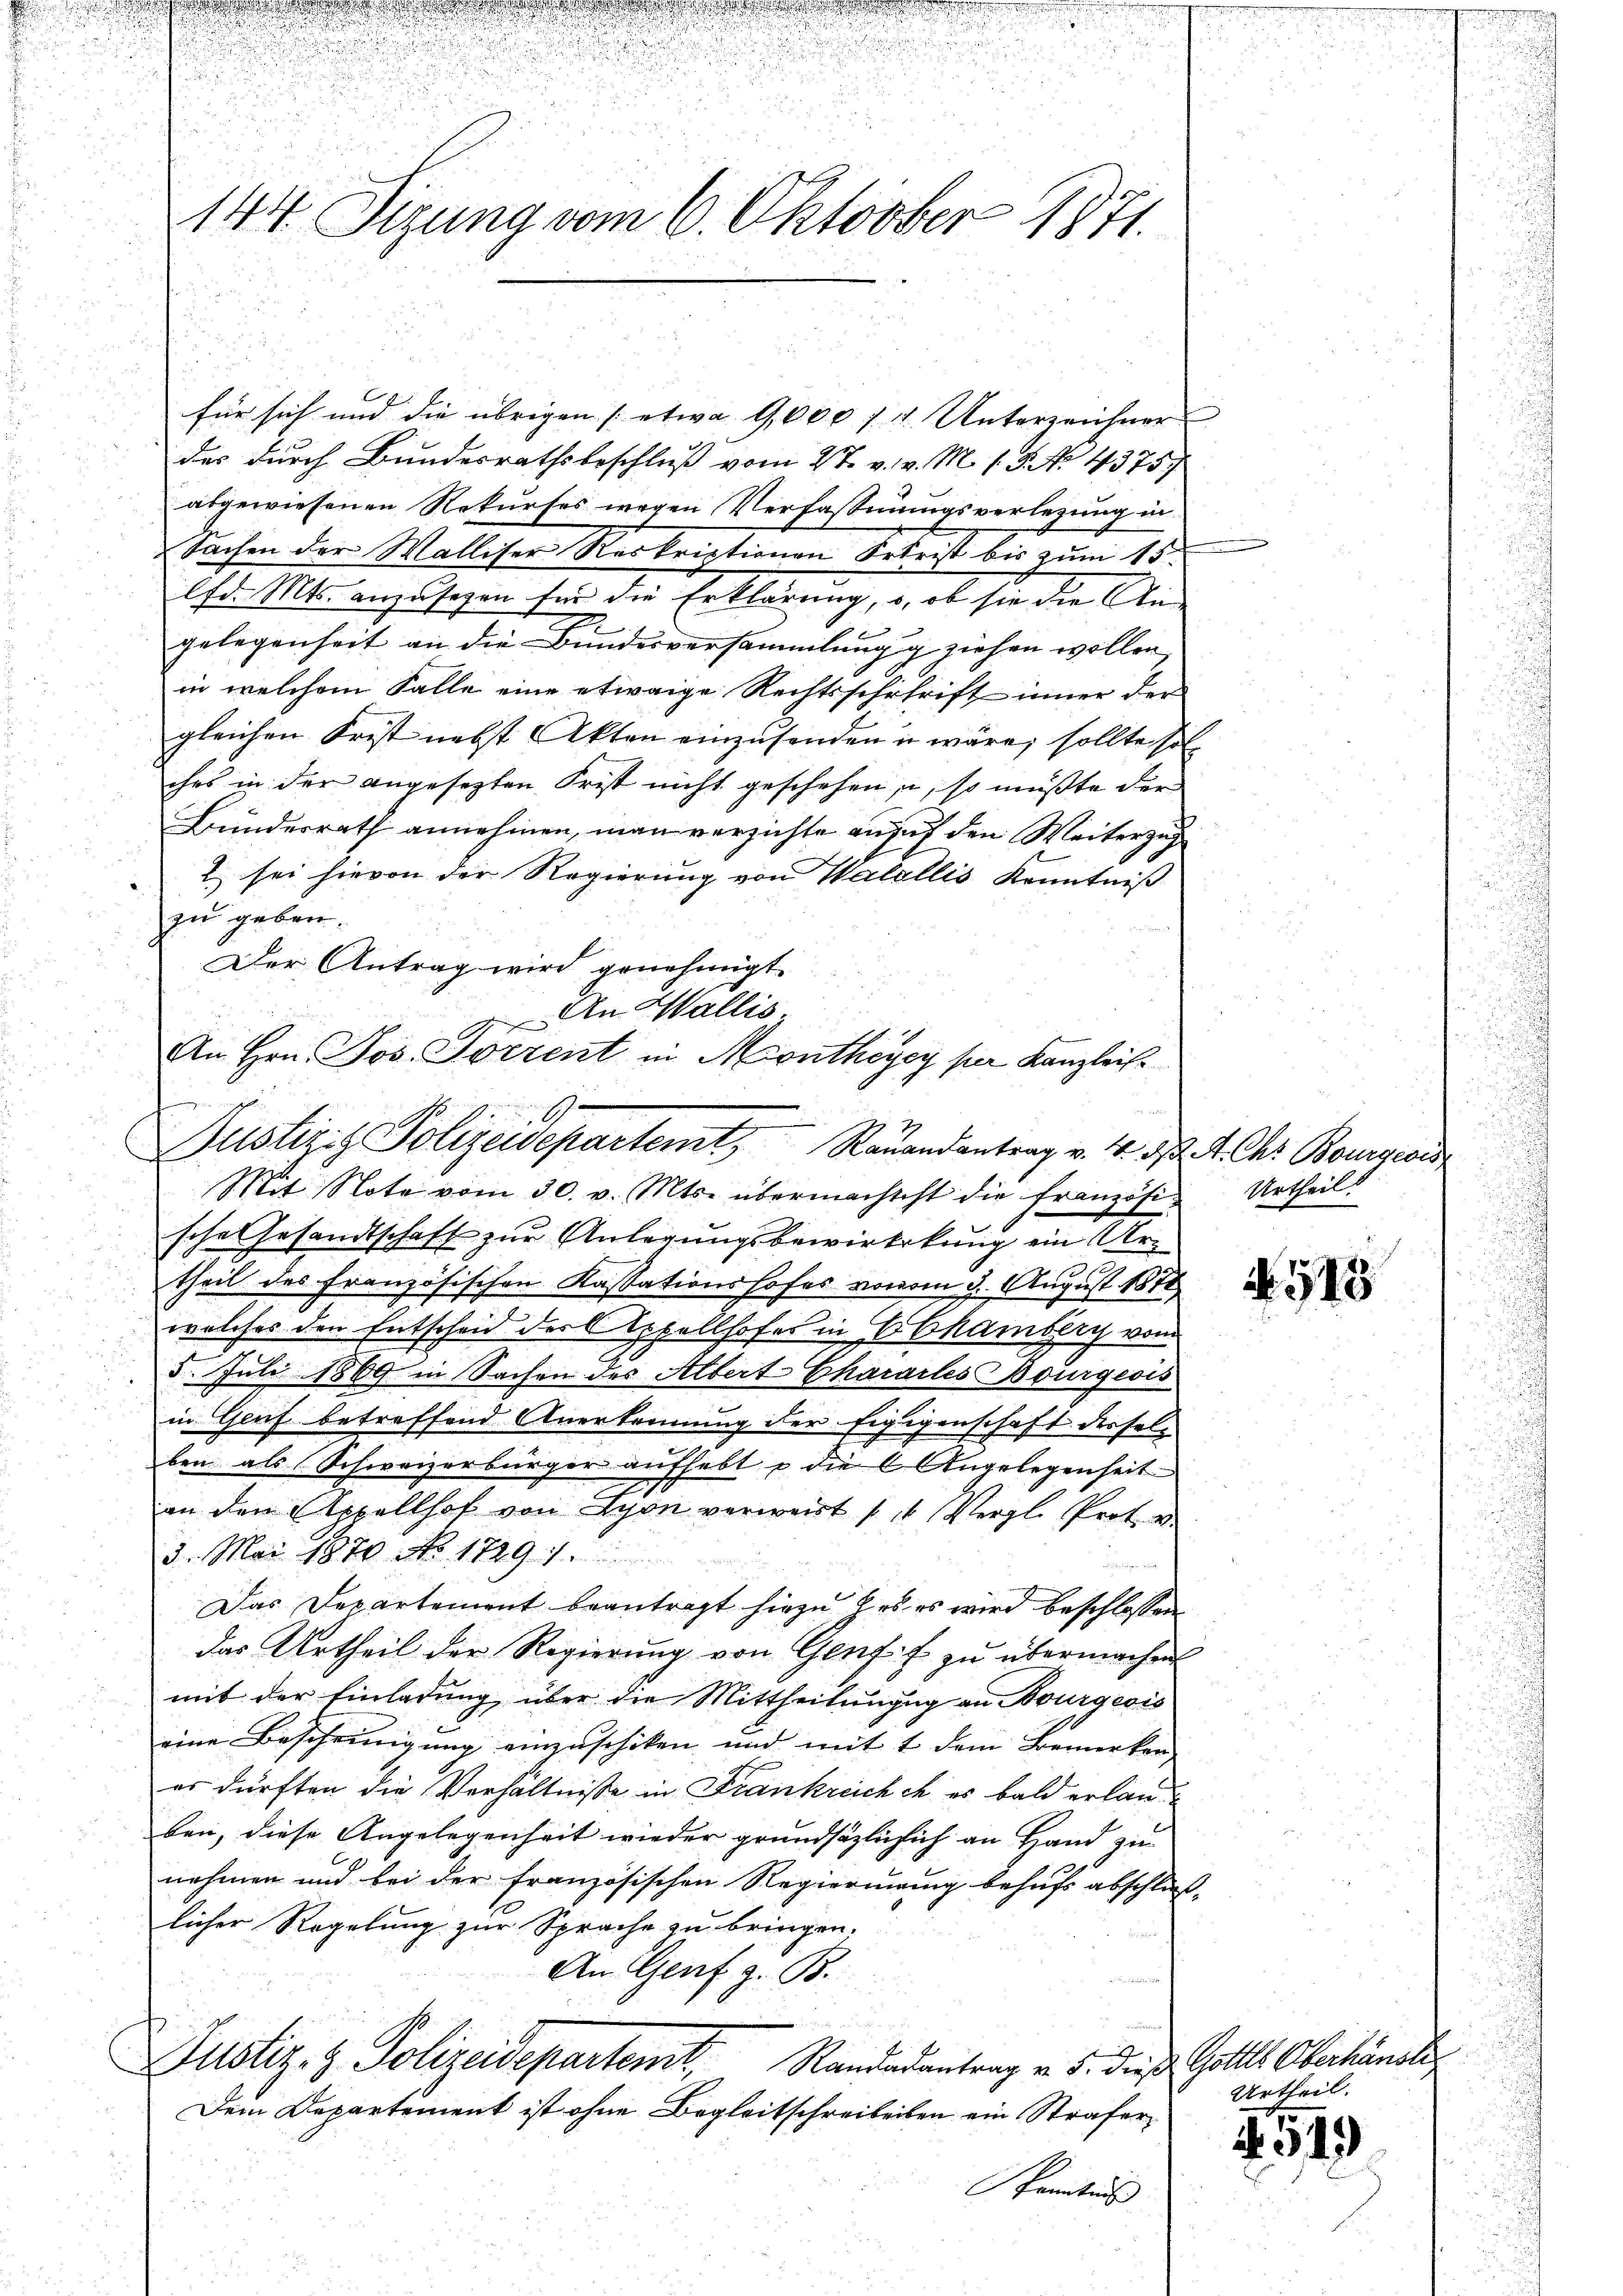
e
für sich und die übrigen (etwa 1,000 f 4. Unterzeichner
das durch Bundesrathsbeschluss vom 2t. v. v. M. s. 5. No. 4375.
abgewiesenen Rekurses wegen Verfassungsverletzung in
Sachen der Walliser Reskriptionen Erfrist bis zŭm 15.
1fr. Mts. anzusehen für die Erklärung, u. es sie die An-
gelegenheit an die Bundesversammlung g ziehen wollen
in welchem Falle eine etwaige Rechtsschrfrift inner der
gleichen Frist nebst Akten einzusenden u wäre, sollte sol
ches in der angesetzten Frist nicht geschehen, so müßte der
Bundesrath annehmen, man verzichte ansus den Weiterzug
2 sei hievon der Regierung von Walellis Kenntniß
zu geben.
Mit Note vom 30. v. Mts. übermachtest die französi-Urtheil.
sches Gesandtschaft zur Anlegungsbewirkung ein Urtheil des französischen Kassationshofes vovom 9. August 1878
welches den Entscheid der Appellhofes in Abkamblich vom
5. Juli 1869 in Sachen des Albert Chararles Bourgeois
in Genf betreffend Anerkennung der Eigigenschaft derselben als Schweizerbürger aufhebt u. die Angelegenheit
an den Appellhof von Lyon verweit (4 Vergl. Prote
3. Mai 1870 No 17291.
Das Departement beantragt hiezu es es wird beschlossen
das Urtheil der Regierŭng von Gruff zu übermachen
mit der Einladung über die Mittheilungg an Bourgeois
eine Bescheinigung einzuschiken und mit 1 dem Bemerken
er dürften die Verhältnisse in Frankreich ch es bald erlanben, diese Angelegenheit wieder grundsätzlich ich an Hand zu
nehmen und bei der französischen Regierung behufs abschlies-
licher Regelung zur Sprache zu bringen,
An Genf z. B.
1
Justiz- & Polizeidepartemt, Randarantrag v. 3. dieß Gottes Oberhandle
Dem Departement ist ohne Begleitschreibeiten ein Strafer¬
Kenntniss

144 Sizung vom 6. Oktober 1871.

Der Antrag wird genehmigt.
An Wallis.
An Hrn. Jos. Sorrent in Montheyey ser Kanzleit
n
Justizis Polizeidepartemt, Rauandantrag v. 4. d. 4. Chr. Bourgers

N. 518

Urtheil.

2519